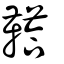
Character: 鞳